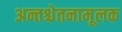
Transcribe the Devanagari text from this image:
अन्तश्चेतनामूलक